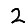
Digit: 2